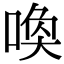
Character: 唤